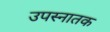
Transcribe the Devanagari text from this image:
उपस्नातक